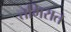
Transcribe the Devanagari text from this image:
तमिरात